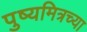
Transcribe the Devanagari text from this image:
पुष्यमित्रच्या